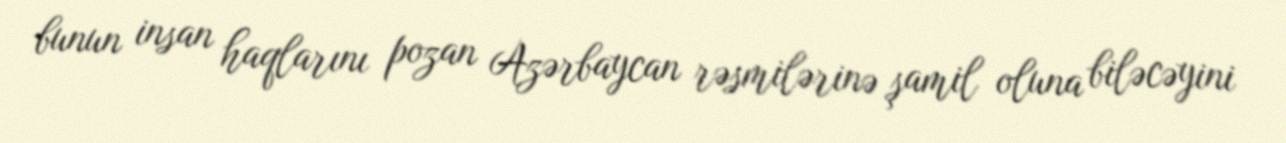
bunun insan haqlarını pozan Azərbaycan rəsmilərinə şamil oluna biləcəyini